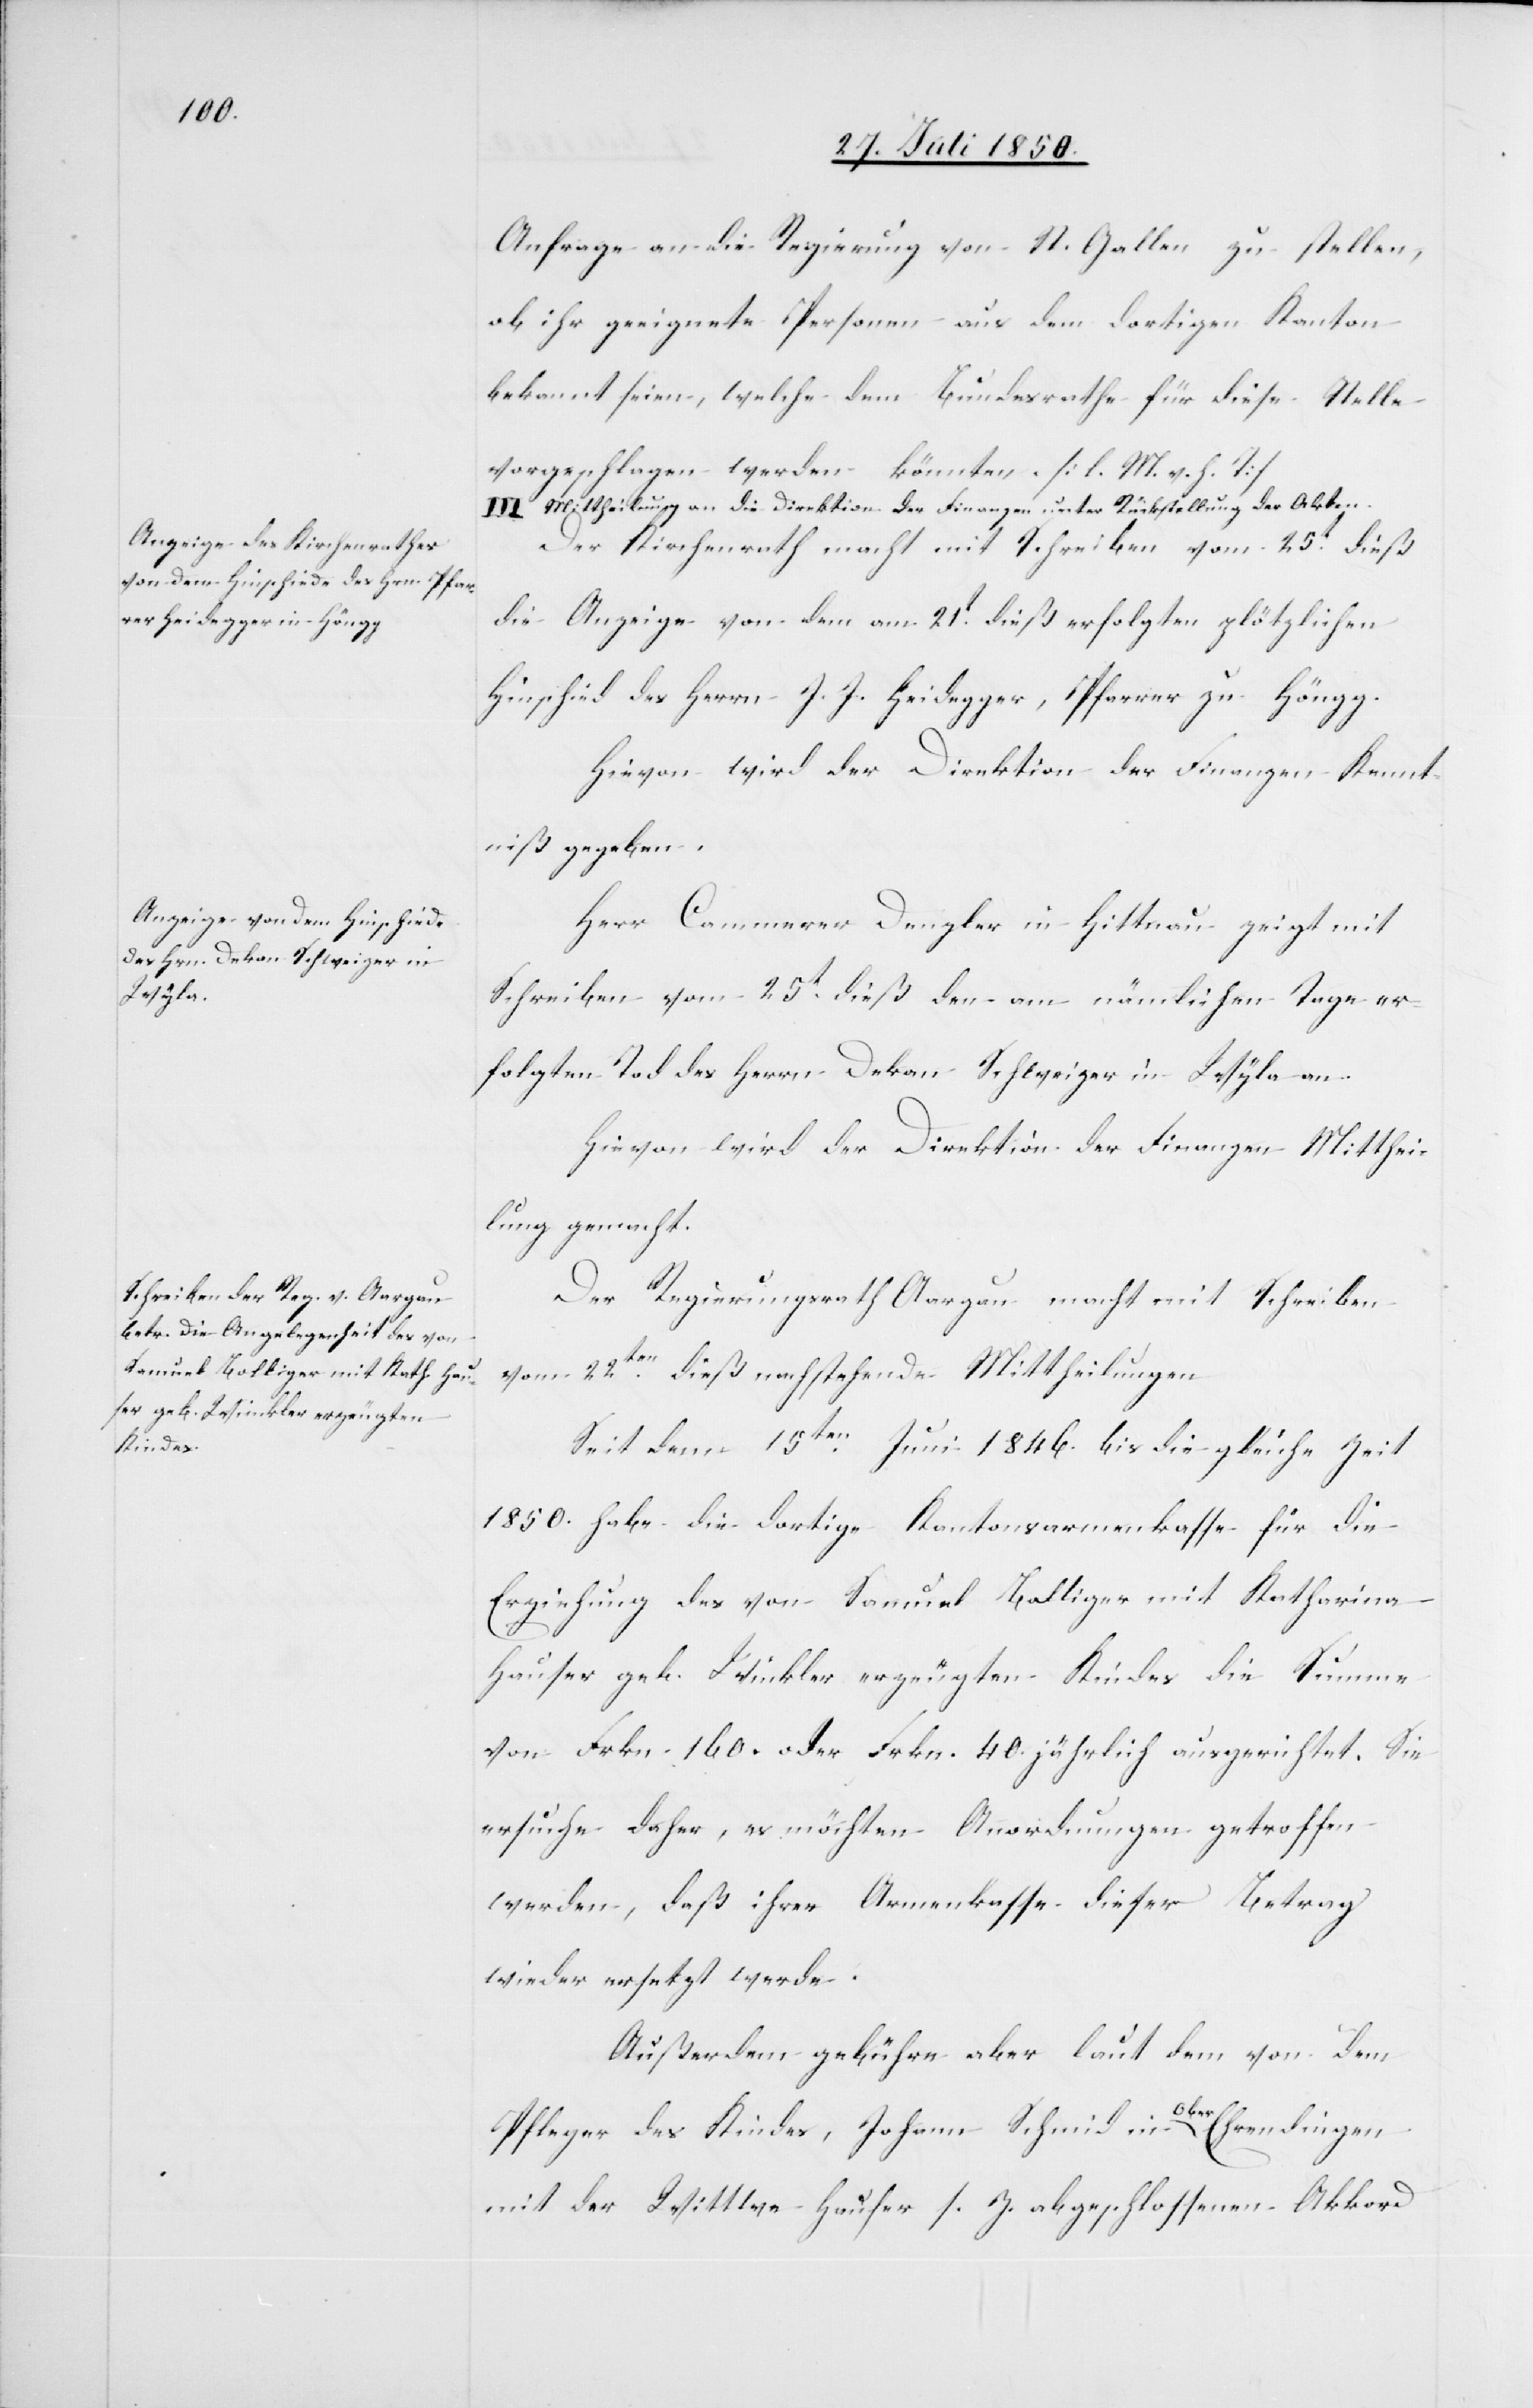
Anfrage an die Regierung von St. Gallen zu stellen,
ob ihr geeignete Personen aus dem dortigen Kanton
bekannt seien, welche dem Bundesrathe für diese Stelle
vorgeschlagen werden könnten. [l. M. v. h. T]
III. Mittheilung an die Direktion der Finanzen unter Rückstellung der Akten.
Der Kirchenrath macht mit Schreiben vom 25t dieß
die Anzeige von dem am 21t dieß erfolgten plötzlichen
Hinschied des Herrn J. J. Heidegger, Pfarrer zu Höngg.
Hievon wird der Direktion der Finanzen Kennt¬
niß gegeben.
Herr Cammerer Denzler in Hittnau zeigt mit
Schreiben vom 25t dieß den am nämlichen Tage er¬
folgten Tod des Herrn Dekan Schweizer in Wyla an.
Hievon wird der Direktion der Finanzen Mitthei¬
lung gemacht.
Der Regierungsrath Aargau macht mit Schreiben
vom 22ten dieß nachstehende Mittheilungen
Seit dem 15ten Juni 1846. bis die gleiche Zeit
1850. habe die dortige Kantonsarmenkasse für die
Erziehung des von Samuel Bolliger mit Katharina
Hauser geb. Winkler erzeugten Kindes die Summe
von Frkn. 160. oder Frkn. 40. jährlich ausgerichtet. Sie
ersuche daher, es möchten Anordnungen getroffen
werden, daß ihrer Armenkasse dieser Betrag
wieder ersetzt werde.
Außerdem gebühre aber laut dem von dem
Pfleger des Kindes, Johann Schmid in Ober-Ehrendingen
mit der Wittwe Hauser s. Z. abgeschlossenen Akkord